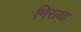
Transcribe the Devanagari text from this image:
मिराया